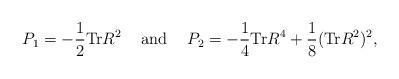
LaTeX: \begin{align*}P_{1} = - \frac{1}{2} {\rm Tr}R^2 \hspace{5mm} {\rm and} \hspace{5mm} P_{2} = - \frac{1}{4} {\rm Tr}R^4 + \frac{1}{8} ({\rm Tr}R^2)^2, \end{align*}